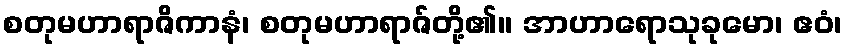
စတုမဟာရာဇိကာနံ၊ စတုမဟာရာဇ်တို့၏။ အာဟာရောသုခုမော၊ ဧဝံ၊